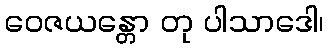
ဝေဇယန္တော တု ပါသာဒေါ၊